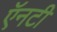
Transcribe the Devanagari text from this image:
ऍनटी